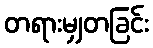
တရားမျှတခြင်း